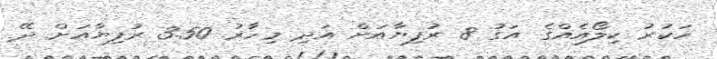
ހަކުރު ކިލޯއެއްގެ އަގު 8 ރުފިޔާއަށް އަދި މިހާރު 3.50 ރުފިޔާއަށް ދޭ